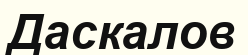
Даскалов